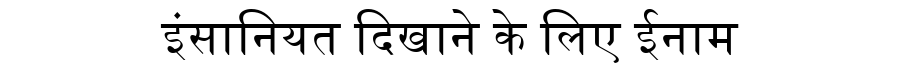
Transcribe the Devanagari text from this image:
इंसानियत दिखाने के लिए ईनाम